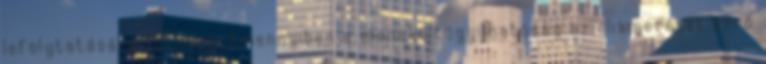
lefolytatására kötelezi. Amennyiben a menekültügyi hatóság az elismerését kérő